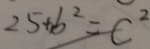
2 5 + b ^ { 2 } = C ^ { 2 }